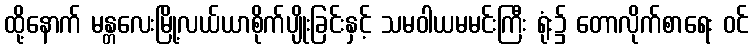
ထို့နောက် မန္တလေးမြို့လယ်ယာစိုက်ပျိုးခြင်းနှင့် သမဝါယမမင်းကြီး ရုံး၌ တောလိုက်စာရေး ဝင်